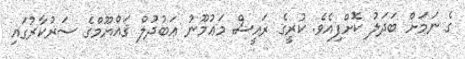
ގެ ނަމަށް ބަދަލު ކޮށްފިއެވެ. ކުރީގެ ރައީސް މަޢުމޫނު ޢަބުދުލް ޤައްޔޫމްގެ ސަރުކާރުގައި